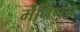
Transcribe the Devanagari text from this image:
मेंनिर्णय